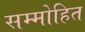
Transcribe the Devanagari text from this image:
सम्‍मोहित